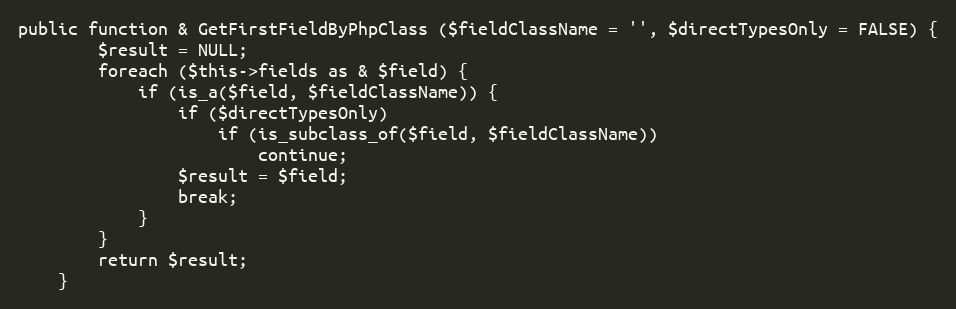
Language: PHP
public function & GetFirstFieldByPhpClass ($fieldClassName = '', $directTypesOnly = FALSE) {
		$result = NULL;
		foreach ($this->fields as & $field) {
			if (is_a($field, $fieldClassName)) {
				if ($directTypesOnly)
					if (is_subclass_of($field, $fieldClassName))
						continue;
				$result = $field;
				break;
			}
		}
		return $result;
	}